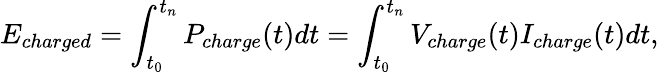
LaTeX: E_{charged}=\int_{t_{0}}^{t_{n}}P_{charge}(t)dt=\int_{t_{0}}^{t_{n}}V_{charge}(t)I_{charge}(t)dt,